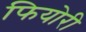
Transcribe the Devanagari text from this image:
फियोरी